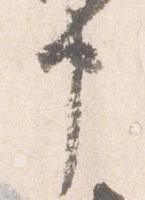
申